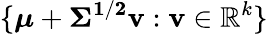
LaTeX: \{ {\boldsymbol{\mu}}+{\boldsymbol{\Sigma^{1/2}}}\mathbf{v}:\mathbf{v}\in\mathbb{R}^{k}\}